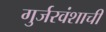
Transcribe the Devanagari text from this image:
गुर्जरवंशाची